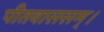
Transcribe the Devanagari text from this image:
पीतवाससम्‌।